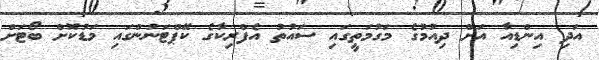
އަދި އިންޑިއާ އަށް ދިއުމުގެ މަގުމަތީގައި ސައުތު އެފްރިކާގެ ކޭޕްޓަނުންގައި މަޑުކޮށް ބޯޓަށް